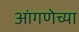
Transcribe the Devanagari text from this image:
आंगणेच्या